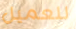
للعميل